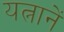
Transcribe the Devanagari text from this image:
यत्नानें